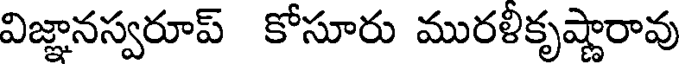
విజ్ఞానస్వరూప్ కోసూరు మురళీకృష్ణారావు